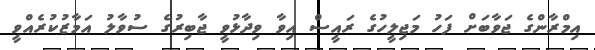
އިމްރާންގެ ޖަވާބަށް ފަހު މަޖިލީހުގެ ރައީސް އިވާ ވިދާޅުވީ ޖާބިރުގެ ސުވާލު އަމާޒުކުރެއްވީ